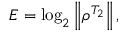
\begin{array} { r } { E = \log _ { 2 } \left\| \rho ^ { T _ { 2 } } \right\| , } \end{array}